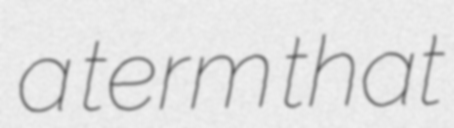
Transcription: a term that